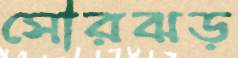
সৌরঝড়